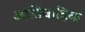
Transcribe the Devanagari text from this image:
आतिवाहिक